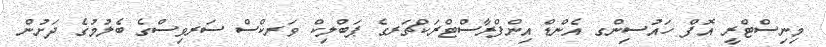
މިނިސްޓްރީ އޮފް ހައުސިންގ އެންޑް އިންފްރާސްޓްރަކްޗަރގެ ޕަބްލިކް ވަރކްސް ސަރވިސްގެ ބެލުމުގެ ދަށުން